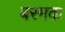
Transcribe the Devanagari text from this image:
बरमक